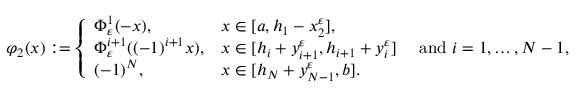
\varphi _ { 2 } ( x ) : = \left\{ \begin{array} { l l } { \Phi _ { \varepsilon } ^ { 1 } ( - x ) , \qquad } & { x \in [ a , h _ { 1 } - x _ { 2 } ^ { \varepsilon } ] , } \\ { \Phi _ { \varepsilon } ^ { i + 1 } ( ( - 1 ) ^ { i + 1 } x ) , } & { x \in [ h _ { i } + y _ { i + 1 } ^ { \varepsilon } , h _ { i + 1 } + y _ { i } ^ { \varepsilon } ] \quad \mathrm { ~ a n d ~ } i = 1 , \dots , N - 1 , } \\ { ( - 1 ) ^ { N } , } & { x \in [ h _ { N } + y _ { N - 1 } ^ { \varepsilon } , b ] . } \end{array} \right.